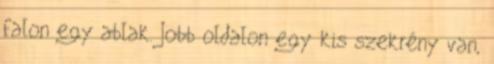
falon egy ablak. Jobb oldalon egy kis szekrény van,